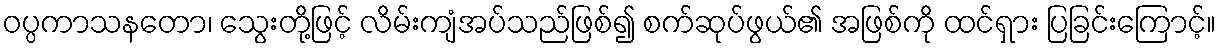
ဝပ္ပကာသနတော၊ သွေးတို့ဖြင့် လိမ်းကျံအပ်သည်ဖြစ်၍ စက်ဆုပ်ဖွယ်၏ အဖြစ်ကို ထင်ရှား ပြခြင်းကြောင့်။